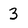
Character: 3